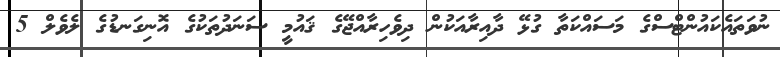
ނުވަތައެކައުންޓްސްގެ މަސައްކަތާ ގުޅޭ ދާއިރާއަކުން ދިވެހިރާއްޖޭގެ ޤައުމީ ސަނަދުތަކުގެ އޮނިގަނޑުގެ ލެވެލް 5